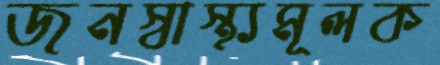
জনস্বাস্থ্যমূলক